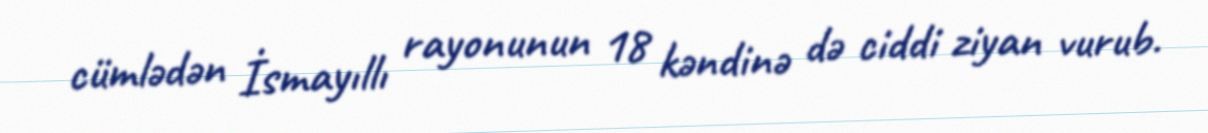
cümlədən İsmayıllı rayonunun 18 kəndinə də ciddi ziyan vurub.